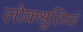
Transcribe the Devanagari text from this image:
लोकश्रुतियां